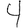
Digit: 4